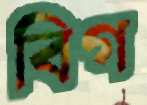
বিগ